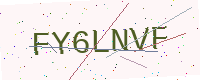
Text: FY6LNVF